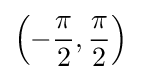
\left(-{\frac {\pi }{2}},{\frac {\pi }{2}}\right)